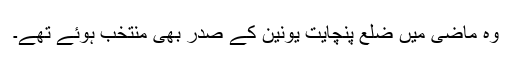
وہ ماضی میں ضلع پنچایت یونین کے صدر بھی منتخب ہوئے تھے۔